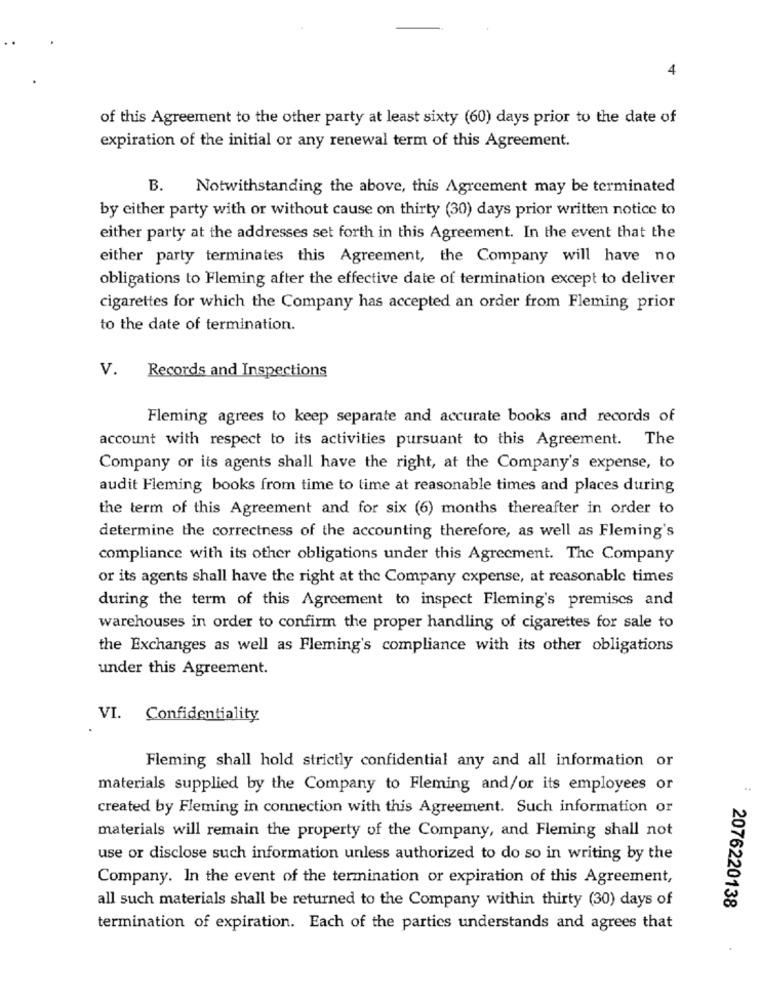
4
of this Agreement to the other party at least sixty (60) days prior to the date of
expiration of the initial or any renewal term of this Agreement.
B.
Notwithstanding the above, this Agreement may be terminated
by either party with or without cause on thirty (30) days prior written notice to
either party at the addresses set forth in this Agreement. In the event that the
either party terminates this Agreement, the Company will have no
obligations to Fleming after the effective date of termination except to deliver
cigarettes for which the Company has accepted an order from Fleming prior
to the date of termination.
V.
Records and Inspections
Fleming agrees to keep separate and accurate books and records of
account with respect to its activities pursuant to this Agreement. The
Company or its agents shall have the right, at the Company's expense, to
audit Fleming books from time to time at reasonable times and places during
the term of this Agreement and for six (6) months thereafter in order to
determine the correctness of the accounting therefore, as well as Fleming's
compliance with its other obligations under this Agreement. The Company
or its agents shall have the right at the Company expense, at reasonable times
during the term of this Agreement to inspect Fleming's premises and
warehouses in order to confirm the proper handling of cigarettes for sale to
the Exchanges as well as Fleming's compliance with its other obligations
under this Agreement.
VI. Confidentiality
Fleming shall hold strictly confidential any and all information or
materials supplied by the Company to Fleming and/or its employees or
..
created by Fleming in connection with this Agreement. Such information or
materials will remain the property of the Company, and Fleming shall not
use or disclose such information unless authorized to do so in writing by the
Company. In the event of the termination or expiration of this Agreement,
2076220138
all such materials shall be returned to the Company within thirty (30) days of
termination of expiration. Each of the parties understands and agrees that